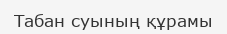
Табан суының құрамы